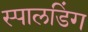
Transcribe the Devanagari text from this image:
स्पालडिंग